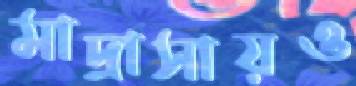
মাদ্রাসায়ও